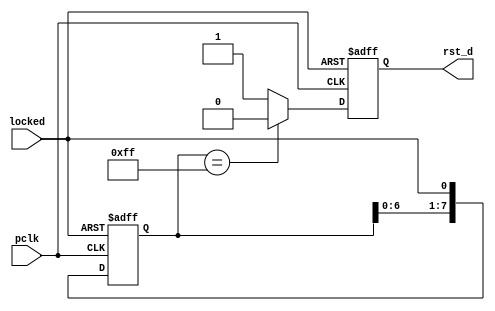
`timescale 1ns / 1ps
//////////////////////////////////////////////////////////////////////////////////
// Company: AGH UST
// Engineers: Hubert Kwaniewski, Marcin Mistela
// 
// Design Name: 
// Module Name: reset_delay
// Project Name: Tic-tac-toe game
// Target Devices: 
// Tool Versions: 
// Description: 
// 
// Dependencies: 
// 
// Revision:
// Revision 0.01 - File Created
// Additional Comments:
// 
//////////////////////////////////////////////////////////////////////////////////


module reset_delay(
    input wire pclk,
    input wire locked,
    output reg rst_d
    );
    
    reg [7:0] safe_start;
    reg rst_d_nxt;
    
    always @(posedge pclk or negedge locked) 
    begin
        if(!locked)
        begin
            safe_start <= 0;
            rst_d <= 1;
        end
        else
        begin
            safe_start <= {safe_start[6:0],locked};
            rst_d <= rst_d_nxt;
        end
    end
    
    always@*
    begin
        if(safe_start == 8'b11111111)
            rst_d_nxt = 0;
        else
            rst_d_nxt = 1;
    end

    
    
endmodule